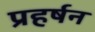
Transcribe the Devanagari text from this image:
प्रहर्षन